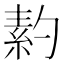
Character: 䋤